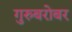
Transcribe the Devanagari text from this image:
गुरुबरोबर